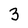
Character: 3